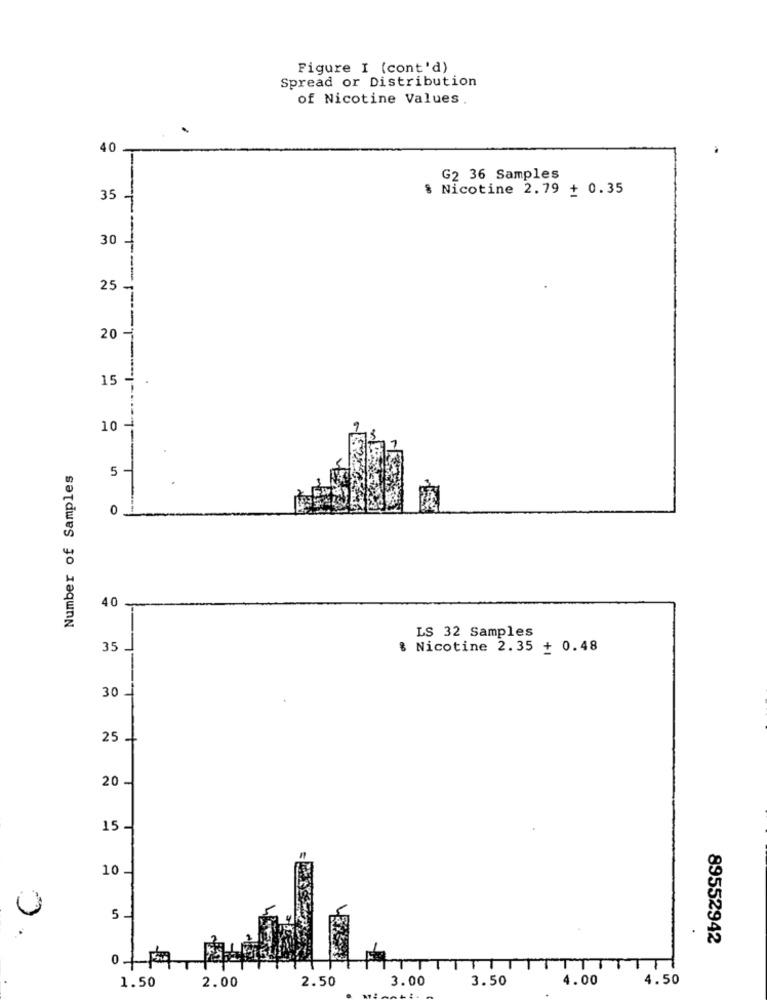
Figure I (cont'd)
Spread or Distribution
of Nicotine Values .
.
40
G2 36 Samples
§ Nicotine 2.79 + 0.35
35
30
25
20
15
10.
Number of Samples
0
40.
LS 32 Samples
35
8 Nicotine 2.35 + 0.48
30
25
20
15-
10
89552942
0
T
2.00
2.50
3.00
3.50
4.00
4.50
1.50